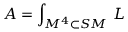
{ \cal A } = \int _ { { \cal M } ^ { 4 } \subset { \cal S M } } \, { \cal L }